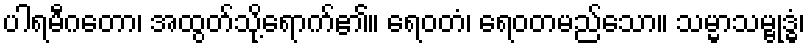
ပါရမီဂတော၊ အထွတ်သို့ရောက်၏။ ရေဝတံ၊ ရေဝတမည်သော။ သမ္မာသမ္ဗုဒ္ဓံ၊